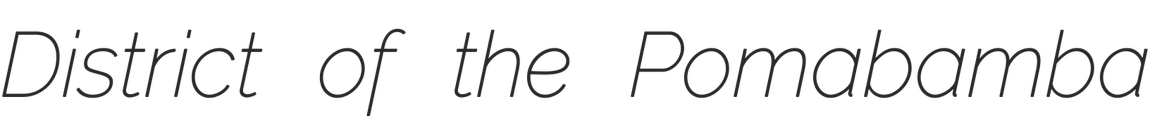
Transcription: District of the Pomabamba